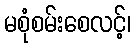
မစုံစမ်းစေလင့်၊